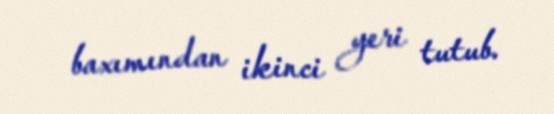
baxımından ikinci yeri tutub.